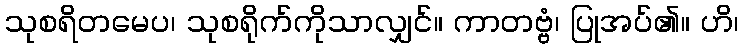
သုစရိတမေပ၊ သုစရိုက်ကိုသာလျှင်။ ကာတဗ္ဗံ၊ ပြုအပ်၏။ ဟိ၊